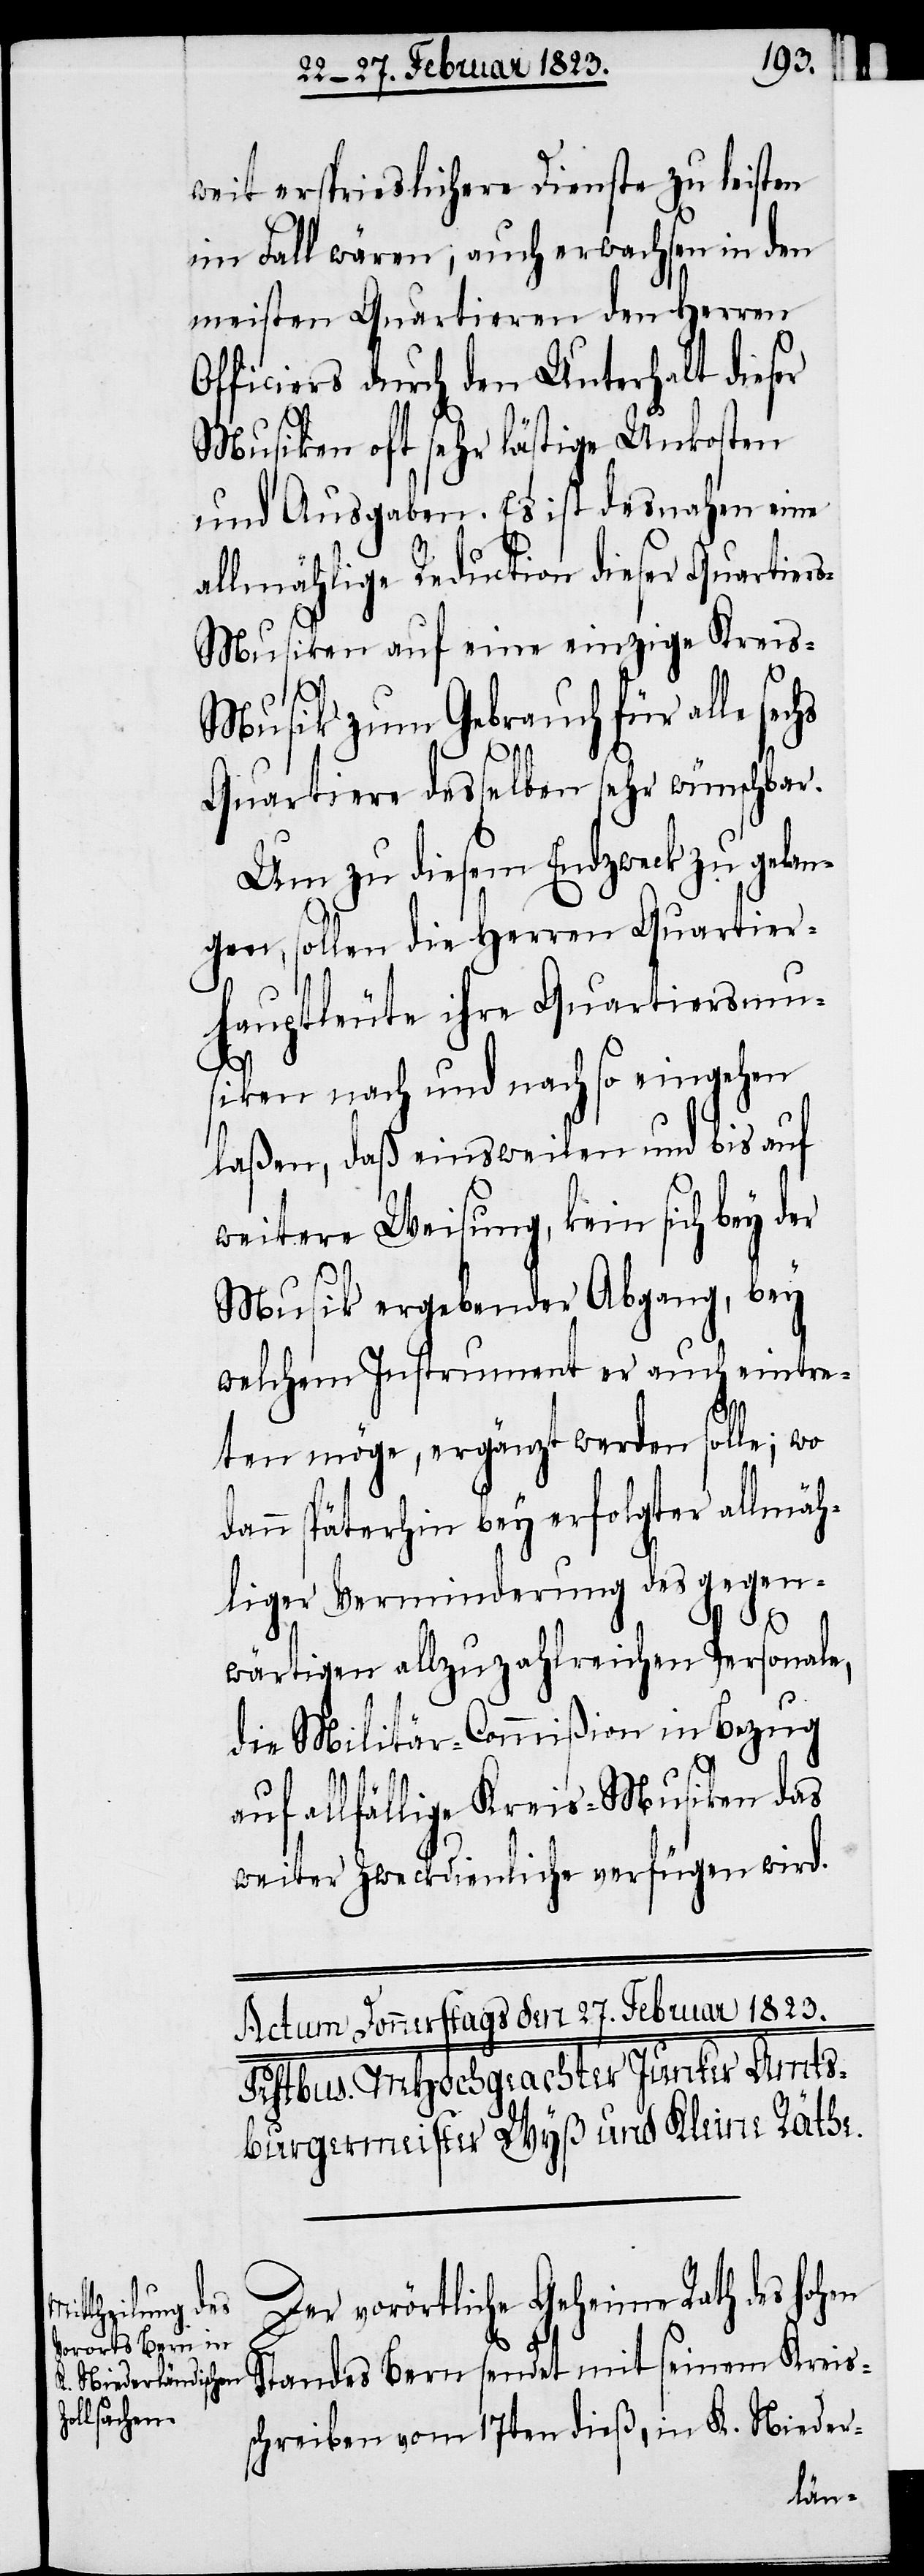
weit ersprieslichere Dienste zu leisten
im Fall wären; auch erwachsen in den
meisten Quartieren den Herren
Officiers durch den Unterhalt dieser
Musiken oft sehr lästige Unkosten
und Ausgaben. Es ist desnahen eine
allmählige Reduction dieser Quartier¬
s-Musiken auf eine einzige Krei¬
s-Musik zum Gebrauch für alle sec¬
Quartiere desselben sehr wünschbar.
Um zu diesem Endzweck zu gelan¬
gen, sollen die Herren Quartier¬
hs
hauptleute ihre Quartiersmu¬
siken nach und nach so eingehen
laßen, daß einsweilen und bis auf
weitere Weisung, kein sich bey der
Musik ergebender Abgang, bey
welchem Instrument er auch eintre¬
ten möge, ergänzt werden solle; wo
dann späterhin bey erfolgter allmäh¬
liger Verminderung des gegen¬
wärtigen allzuzahlreichen Personale,
die Militär-Commißion in Bezug
auf allfällige Kreis-Musiken das
weiter Zweckdienliche verfügen wird.
Der vorörtliche Geheime Rath des hohen
Standes Bern sendet mit seinem Kreis¬
schreiben vom 17ten dieß, in K. Nieder-